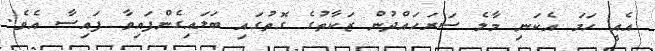
އެއީ ހަމަ އެކަނި މާލެ ސަރަހައްދުން ޒަކާތުގެ ގޮތުގައި ބަލައިގެންފައިވާ ފައިސާ އެވެ.